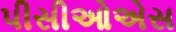
પીસીઓએસ